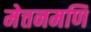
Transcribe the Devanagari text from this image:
मेत्तनमणि